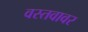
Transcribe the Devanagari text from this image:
वस्तवावर